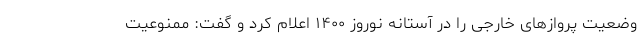
وضعیت پروازهای خارجی را در آستانه نوروز ۱۴۰۰ اعلام کرد و گفت: ممنوعیت